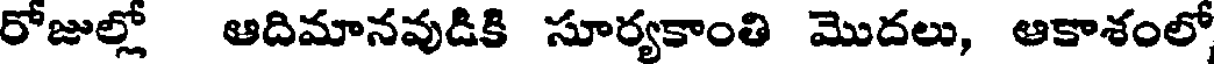
రోజుల్లో ఆదిమానవుడికి సూర్యకాంతి మొదలు, ఆకాశంలో